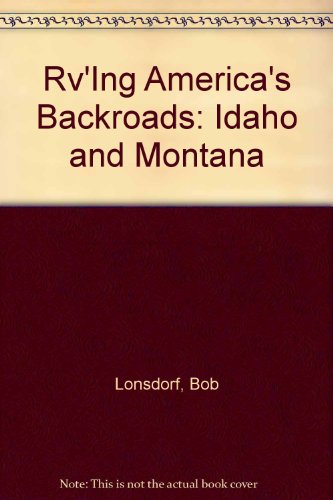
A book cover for Rv'Ing America's Backroads: Idaho and Montana; Bob Lonsdorf; Travel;